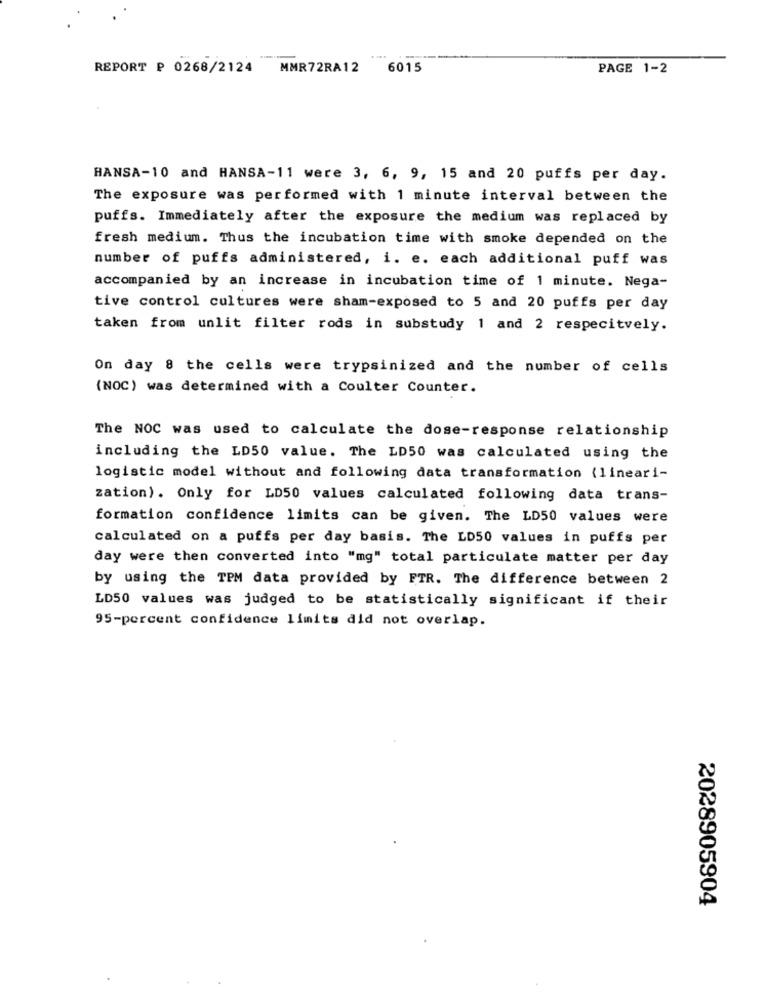
....
REPORT P 0268/2124
MMR72RA12
6015
PAGE 1-2
HANSA-10 and HANSA-11 were 3, 6, 9, 15 and 20 puffs per day.
The exposure was performed with 1 minute interval between the
puffs. Immediately after the exposure the medium was replaced by
fresh medium. Thus the incubation time with smoke depended on the
number of puffs administered, i. e. each additional puff was
accompanied by an increase in incubation time of 1 minute. Nega-
tive control cultures were sham-exposed to 5 and 20 puffs per day
taken from unlit filter rods in substudy 1 and 2 respecitvely.
On day 8 the cells were trypsinized and the number of cells
(NOC) was determined with a Coulter Counter.
The NOC was used to calculate the dose-response relationship
including the LD50 value. The LD50 was calculated using the
logistic model without and following data transformation (lineari-
zation). Only for LD50 values calculated following data trans-
formation confidence limits can be given. The LD50 values were
calculated on a puffs per day basis. The LD50 values in puffs per
day were then converted into "mg" total particulate matter per day
by using the TPM data provided by FTR. The difference between 2
LD50 values was judged to be statistically significant if their
95-percent confidence limits did not overlap.
2028905904